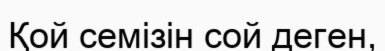
Қой семізін сой деген,